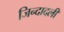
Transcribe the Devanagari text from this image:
जिन्दादली